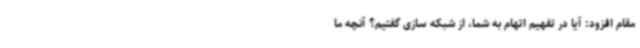
مقام افزود: آیا در تفهیم اتهام به شما، از شبکه سازی گفتیم؟ آنچه ما